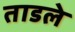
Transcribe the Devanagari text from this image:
ताडले